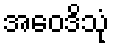
အဝေဒိသုံ